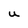
Character: u